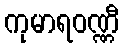
ကုမာရဝဏ္ဏီ